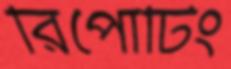
রিপোর্টিং